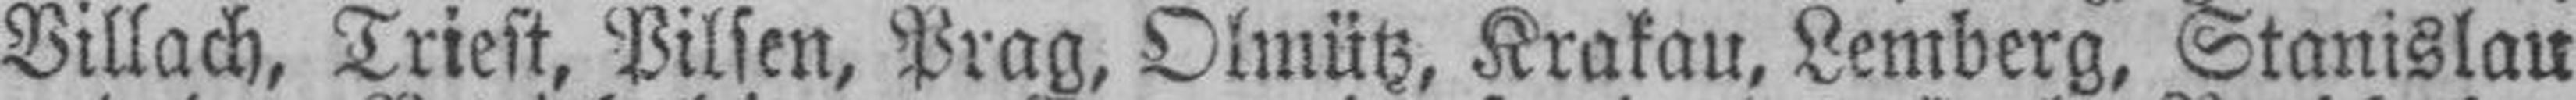
Villach, Triest, Pilsen, Prag, Olmütz, Krakau, Lemberg, Stanislau